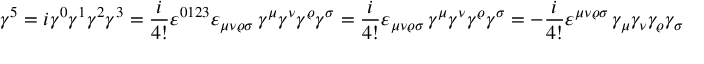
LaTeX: \gamma ^ { 5 } = i \gamma ^ { 0 } \gamma ^ { 1 } \gamma ^ { 2 } \gamma ^ { 3 } = { \frac { i } { 4 ! } } \varepsilon ^ { 0 1 2 3 } \varepsilon _ { \mu \nu \varrho \sigma } \, \gamma ^ { \mu } \gamma ^ { \nu } \gamma ^ { \varrho } \gamma ^ { \sigma } = { \frac { i } { 4 ! } } \varepsilon _ { \mu \nu \varrho \sigma } \, \gamma ^ { \mu } \gamma ^ { \nu } \gamma ^ { \varrho } \gamma ^ { \sigma } = - { \frac { i } { 4 ! } } \varepsilon ^ { \mu \nu \varrho \sigma } \, \gamma _ { \mu } \gamma _ { \nu } \gamma _ { \varrho } \gamma _ { \sigma }